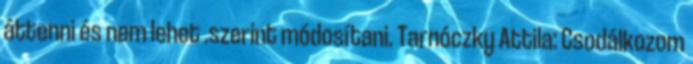
áttenni és nem lehet .szerint módosítani. Tarnóczky Attila: Csodálkozom